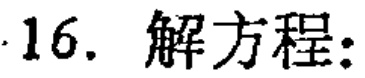
16. 解方程: